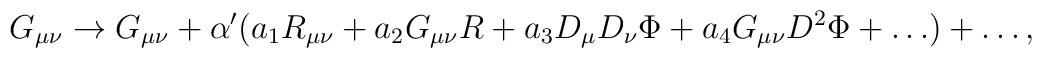
G_{\mu\nu} \rightarrow G_{\mu\nu}+\alpha'(a_1 R_{\mu\nu}+a_2 G_{\mu\nu}R+a_3 D_{\mu} D_{\nu}\Phi+a_4 G_{\mu\nu}D^2 \Phi+\ldots )+\ldots,\,